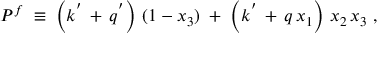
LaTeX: P ^ { f } \; \equiv \; \left( { k ^ { ' } \, + \, q ^ { ' } } \right) \, ( 1 - x _ { 3 } ) \; + \; \left( { k ^ { ' } \, + \, q } \, x _ { 1 } \right) \, x _ { 2 } \, x _ { 3 } \; ,